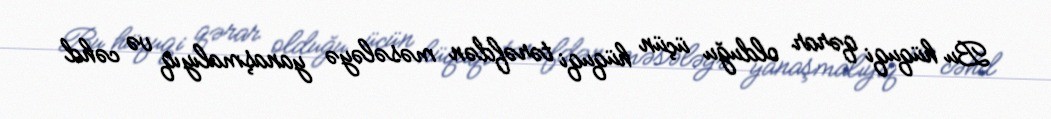
Bu hüquqi qərar olduğu üçün hüquqi tərəfdən məsələyə yanaşmalıyıq və cəhd